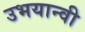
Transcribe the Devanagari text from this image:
उभयान्वी